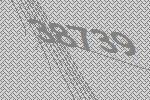
38739